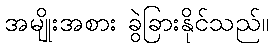
အမျိုးအစား ခွဲခြားနိုင်သည်။